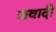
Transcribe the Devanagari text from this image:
जवादी